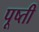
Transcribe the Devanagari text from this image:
पूष्ती